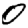
Digit: 0